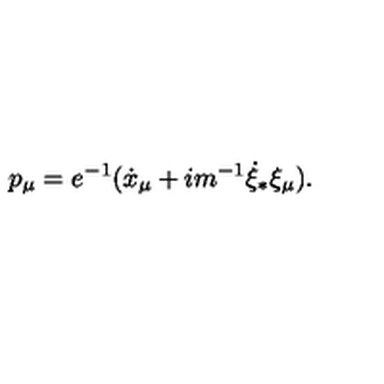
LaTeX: p _ { \mu } = e ^ { - 1 } ( \dot { x } _ { \mu } + i m ^ { - 1 } \dot { \xi } _ { * } \xi _ { \mu } ) .